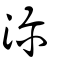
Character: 濔